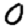
Digit: 0